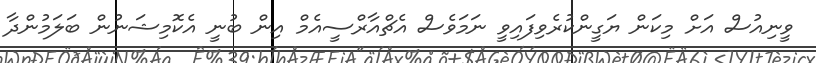
ވީނިއުސް އަށް މިކަން ޔަގީންކުރެވިފައިވީ ނަމަވެސް އެޗްއާރްސީއެމް އިން ބުނީ އެކޮމިޝަނުން ބަލަމުންދާ